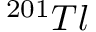
{ } ^ { 2 0 1 } T l